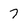
Character: 7